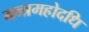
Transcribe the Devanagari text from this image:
मन्त्रमहोदधि